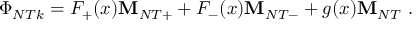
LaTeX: \Phi _ { N T k } = F _ { + } ( x ) { \bf M } _ { N T + } + F _ { - } ( x ) { \bf M } _ { N T - } + g ( x ) { \bf M } _ { N T } \ .